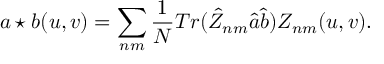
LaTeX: a \star b ( u , v ) = \sum _ { n m } \frac { 1 } { N } T r ( \hat { Z } _ { n m } \hat { a } \hat { b } ) Z _ { n m } ( u , v ) .